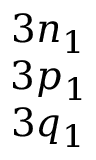
\begin{array} { c } { 3 n _ { 1 } } \\ { 3 p _ { 1 } } \\ { 3 q _ { 1 } } \end{array}